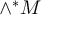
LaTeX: \wedge ^ { * } M